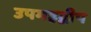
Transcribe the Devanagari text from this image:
उपमहद्वीप